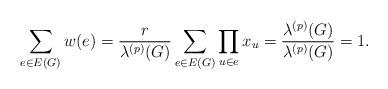
LaTeX: \begin{align*}\sum_{e\in E(G)}w(e)=\frac{r}{\lambda^{(p)}(G)}\sum_{e\in E(G)}\prod_{u\in e}x_u=\frac{\lambda^{(p)}(G)}{\lambda^{(p)}(G)}=1.\end{align*}